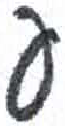
אות: ע